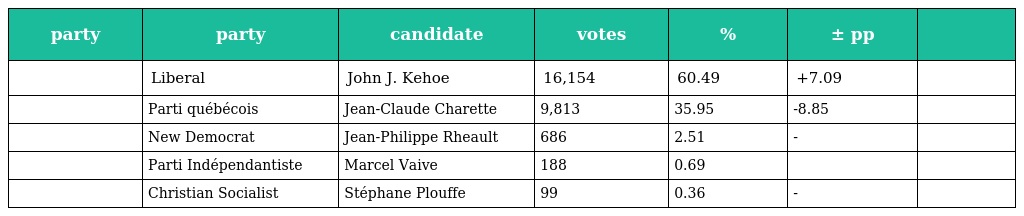
| party | party | candidate | votes | % | ± pp |  |
 | --- | --- | --- | --- | --- | --- | --- |
 |  | Liberal | John J. Kehoe | 16,154 | 60.49 | +7.09 |  |
 |  | Parti québécois | Jean-Claude Charette | 9,813 | 35.95 | -8.85 |  |
 |  | New Democrat | Jean-Philippe Rheault | 686 | 2.51 | - |  |
 |  | Parti Indépendantiste | Marcel Vaive | 188 | 0.69 |  |  |
 |  | Christian Socialist | Stéphane Plouffe | 99 | 0.36 | - |  |